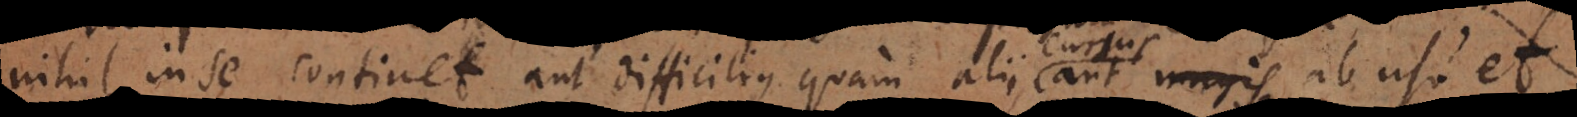
nihil in se continet aut difficilius quam alii cursus aut ab usu et